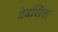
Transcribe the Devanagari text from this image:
वेबसिस